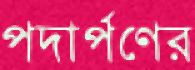
পদার্পণের